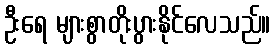
ဦးရေ များစွာတိုးပွားနိုင်လေသည်။